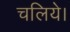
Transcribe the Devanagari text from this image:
चलिये।